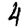
Digit: 4